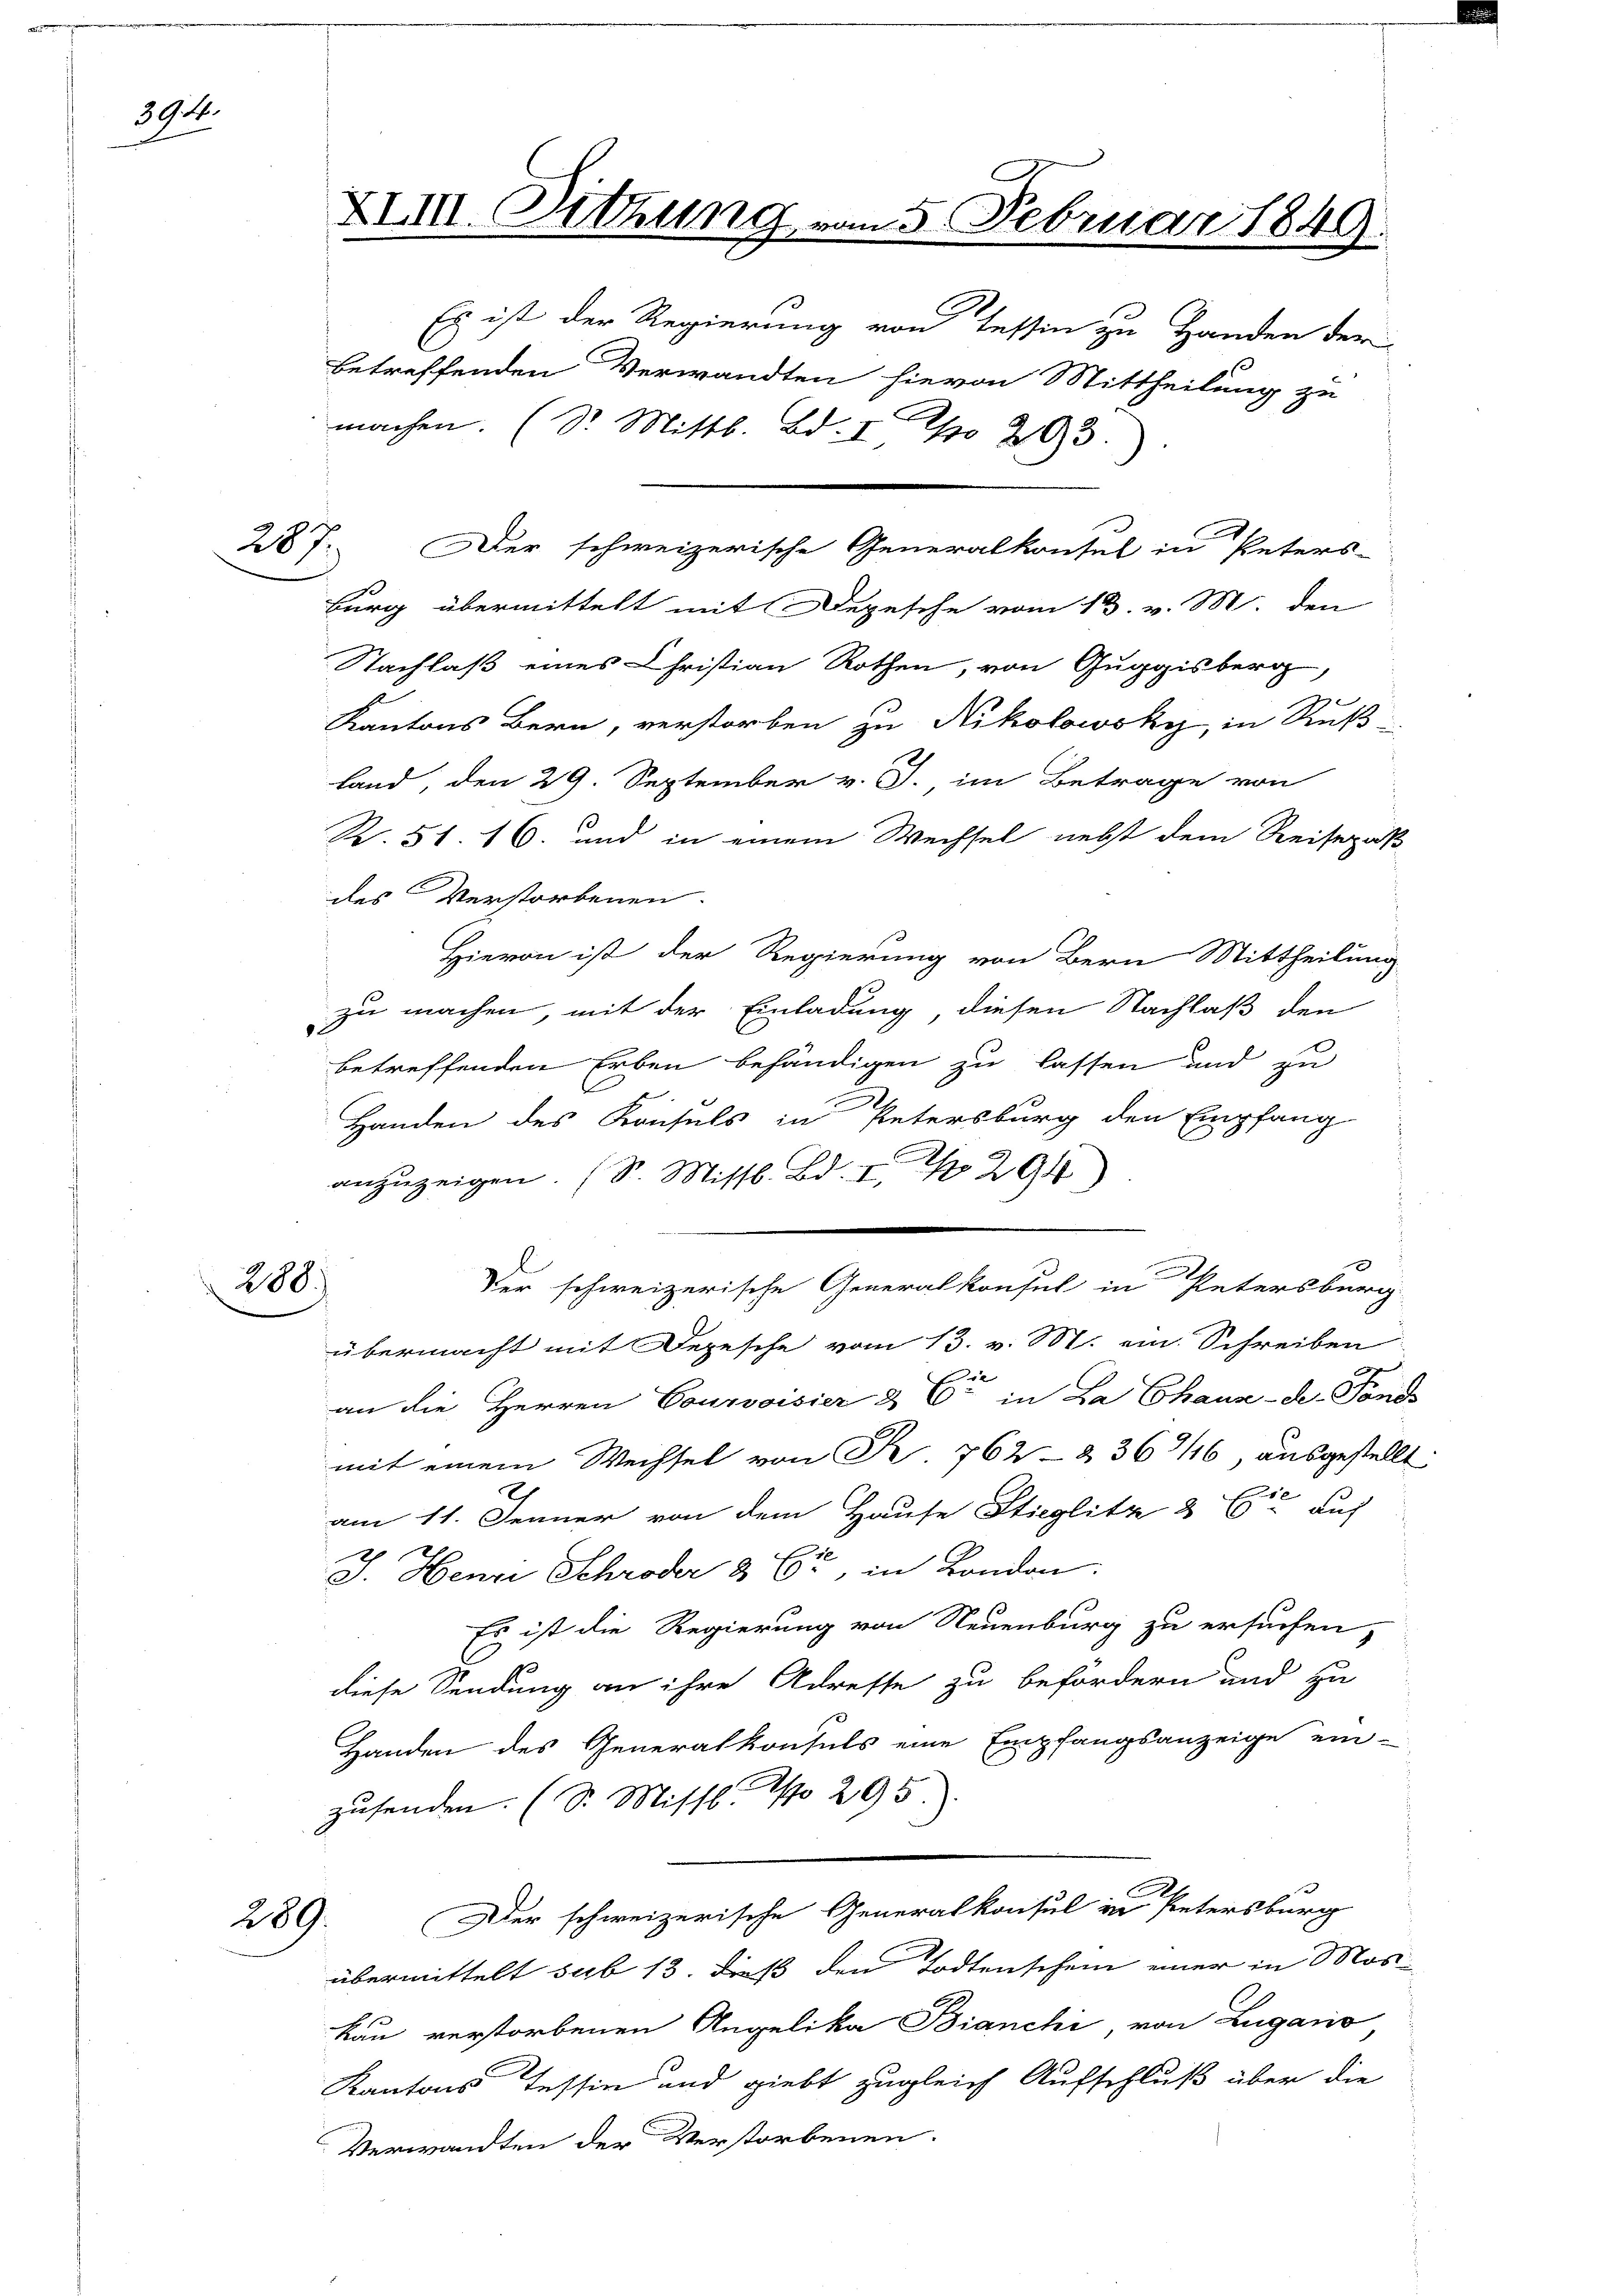
394.

288.

Es ist der Regierung von Tessin zu Handen der
betreffenden Verwandten hievon Mittheilung zu
0
machen. (Dr. Mittl. Bd. I po 293.

287. Der schweizerische Generalkonsul in Peters-
Burg übermittelt mit Depesche vom 13. v. M. den
Nachlaß eines Christian Rothen, von Guggisberg,
Kantons Bern, verstorben zu Nikolowsky, in Ruß-
land, den 29. September v. J., im Betrage von
R. 51. 16. und in einem Wechsel nebst dem Reisepaß
des Verstorbenen.
Hievon ist der Regierung von Bern Mittheilung
zu machen, mit der Einladung, diesen Nachlaß den
betreffenden Erben behändigen zu lassen und zu
Handen des Konsuls in Petersburg den Empfang
anzuzeigen. (S. Mittl. Bd. I S. 294)
übermacht mit Depesche vom 13. v. M. ein Schreiben
an die Herren Courvoisier & Cie in La Chaux-de-Fonds
mit einem Wechsel von R. 762 -2366, ausgestellt
am 11. Jenner von dem Hause Stieglitz 2 Eid auf
er
h
J. Henri Schröder § 62, in London
Es ist die Regierung von Neuenburg zu ersuchen,
diese Sendung an ihre Adreste zu befördern und zu
Handen des Generalkonsuls eine Empfangsanzeige ein-
zŭsenden. (S. Missl. No 295.)
Der schweizerische Generalkonsul in Petersburg
übermittelt sub 13. dieß den Todtenschein einer in Mos
kau verstorbenen Angelika Bianchi, von Lugano
Kantons Tessin und giebt zugleich Aufschluß über die
Verwandten der Verstorbenen.

289.

XII. Sitzung vom 5. Februar 1849.

Ver schweizerische Generalkonsul in Petersburg